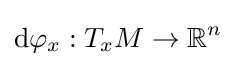
\mathrm {d} {\varphi }_{x}:T_{x}M\to \mathbb {R} ^{n}